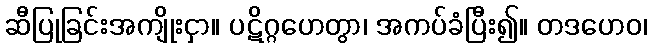
ဆီပြုခြင်းအကျိုးငှာ။ ပဋိဂ္ဂဟေတွာ၊ အကပ်ခံပြီး၍။ တဒဟေဝ၊